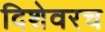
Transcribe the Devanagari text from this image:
दिशेवरच